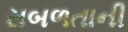
સબળતાની